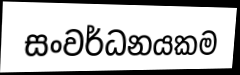
සංවර්ධනයකම